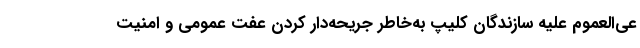
عی‌العموم علیه سازندگان کلیپ به‌خاطر جریحه‌دار کردن عفت عمومی و امنیت